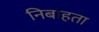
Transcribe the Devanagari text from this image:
निबाहता